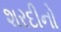
શરદીનો